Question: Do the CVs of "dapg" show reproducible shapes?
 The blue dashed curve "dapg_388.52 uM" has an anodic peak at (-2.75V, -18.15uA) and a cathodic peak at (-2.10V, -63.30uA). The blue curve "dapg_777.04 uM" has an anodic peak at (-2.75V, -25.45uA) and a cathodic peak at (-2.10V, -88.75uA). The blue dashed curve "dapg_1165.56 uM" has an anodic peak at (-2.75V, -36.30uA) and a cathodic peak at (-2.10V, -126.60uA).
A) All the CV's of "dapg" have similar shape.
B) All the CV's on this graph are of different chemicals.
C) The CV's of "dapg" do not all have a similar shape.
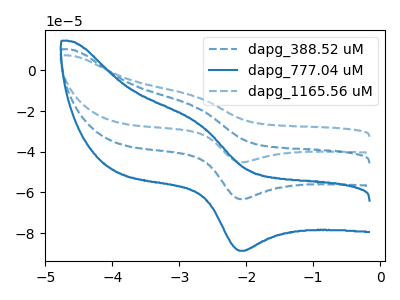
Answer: <think>All the peaks in "dapg_388.52 uM" have a peak in "dapg_777.04 uM" at the same potential. All the peaks in "dapg_388.52 uM" have a peak in "dapg_1165.56 uM" at the same potential. All the peaks in "dapg_777.04 uM" have a peak in "dapg_1165.56 uM" at the same potential.
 </think>
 <answer>A) All the CV's of "dapg" have similar shape.</answer>
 <eval>A</eval>